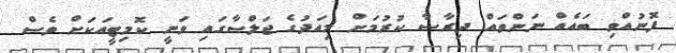
ފޮނުއްވި ބައެއް ނަންތައް ދިރާސާ ކުރުމަށް މިއަދުގެ ޖަލްސާގައި ވަނީ ކޮމިޓީއަކަށް ވެސް